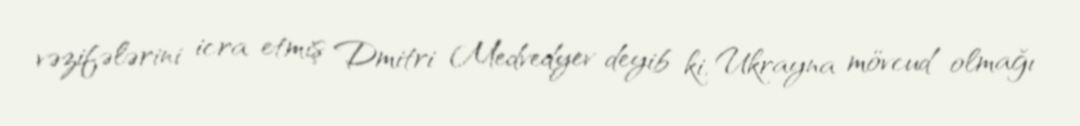
vəzifələrini icra etmiş Dmitri Medvedyev deyib ki, Ukrayna mövcud olmağı